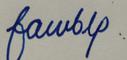
Signature authenticity: forged